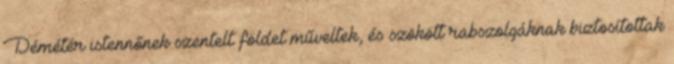
Démétér istennőnek szentelt földet műveltek, és szökött rabszolgáknak biztosítottak